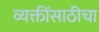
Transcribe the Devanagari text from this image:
व्यक्तींसाठीचा